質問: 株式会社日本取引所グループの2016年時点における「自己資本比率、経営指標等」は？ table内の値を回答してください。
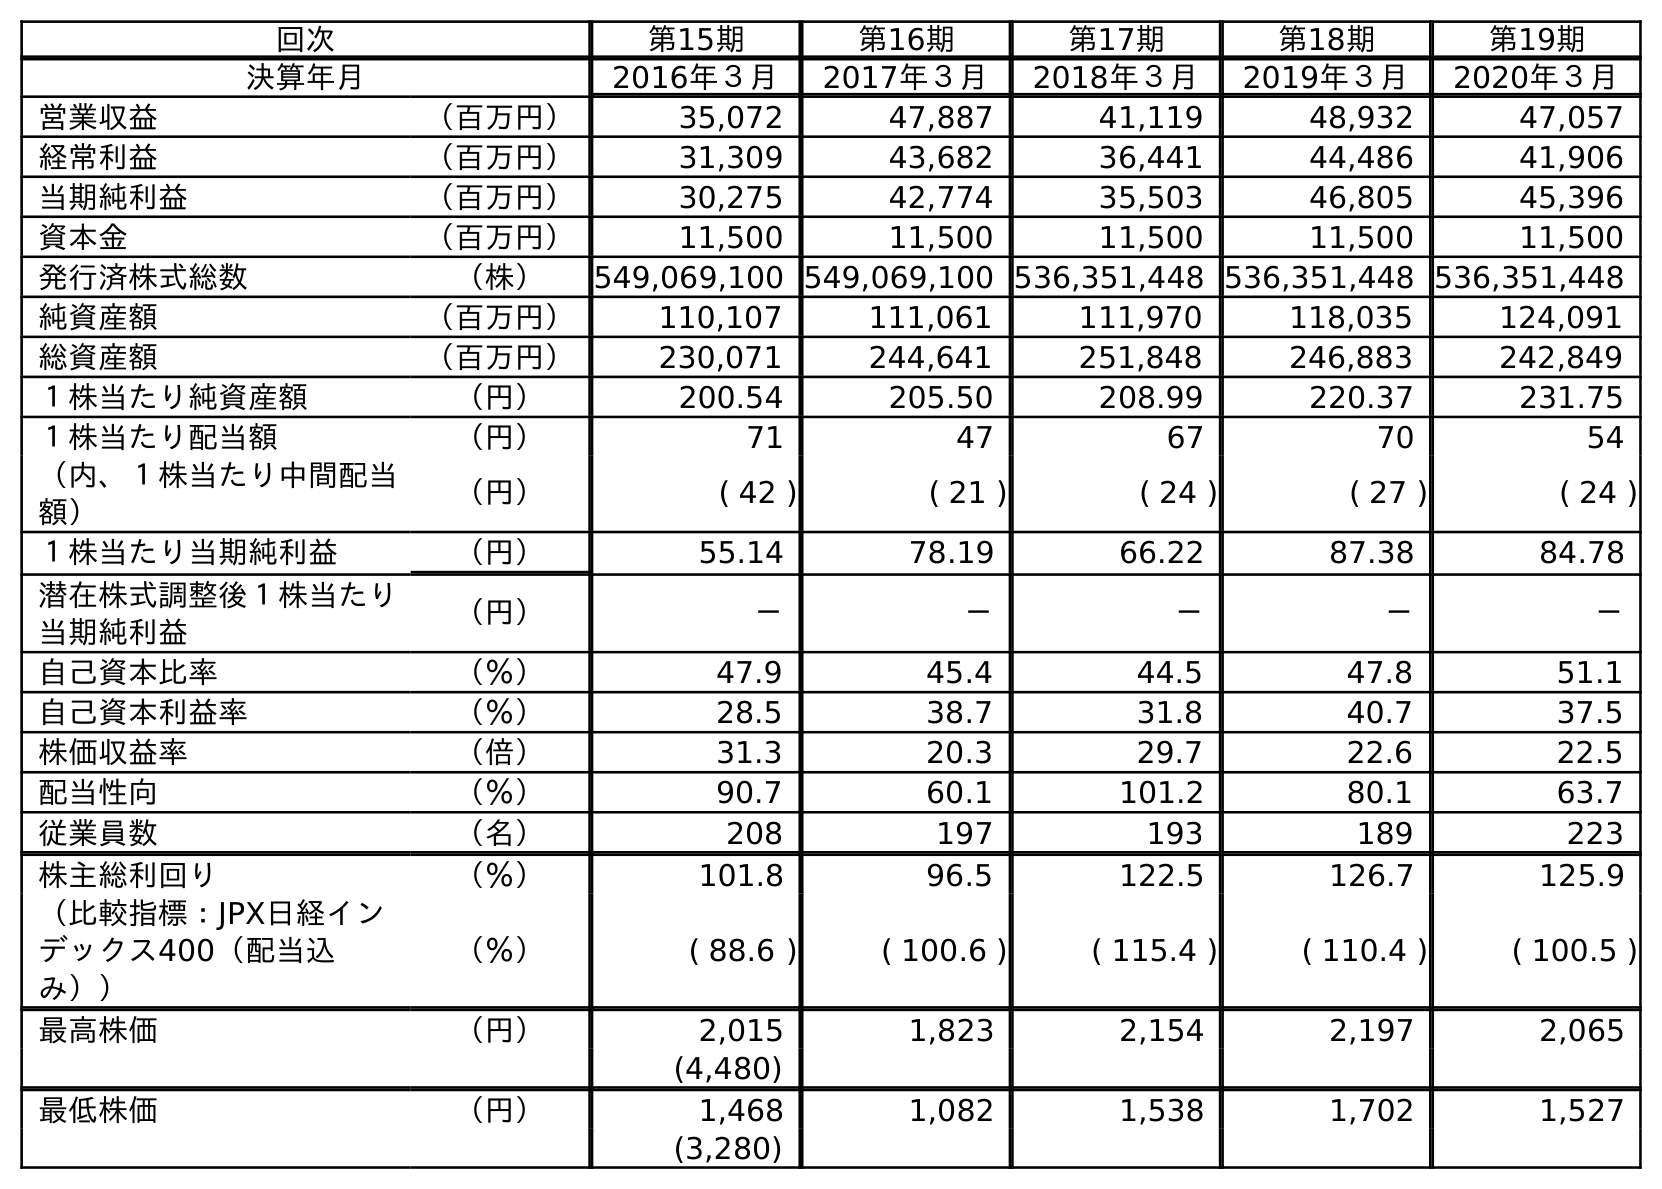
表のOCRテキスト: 回次 第15期 第16期 第17期 第18期 第19期 決算年月 2016年３月 2017年３月 2018年３月 2019年３月 2020年３月 営業収益 （百万円） 35,072 47,887 41,119 48,932 47,057 経常利益 （百万円） 31,309 43,682 36,441 44,486 41,906 当期純利益 （百万円） 30,275 42,774 35,503 46,805 45,396 資本金 （百万円） 11,500 11,500 11,500 11,500 11,500 発行済株式総数 （株） 549,069,100 549,069,100 536,351,448 536,351,448 536,351,448 純資産額 （百万円） 110,107 111,061 111,970 118,035 124,091 総資産額 （百万円） 230,071 244,641 251,848 246,883 242,849 １株当たり純資産額 （円） 200.54 205.50 208.99 220.37 231.75 １株当たり配当額 （円） 71 47 67 70 54 （内、１株当たり中間配当 額） （円） ( 42 ) ( 21 ) ( 24 ) ( 27 ) ( 24 ) １株当たり当期純利益 （円） 55.14 78.19 66.22 87.38 84.78 潜在株式調整後１株当たり 当期純利益 （円） － － － － － 自己資本比率 （％） 47.9 45.4 44.5 47.8 51.1 自己資本利益率 （％） 28.5 38.7 31.8 40.7 37.5 株価収益率 （倍） 31.3 20.3 29.7 22.6 22.5 配当性向 （％） 90.7 60.1 101.2 80.1 63.7 従業員数 （名） 208 197 193 189 223 株主総利回り （％） 101.8 96.5 122.5 126.7 125.9 （比較指標：JPX日経イン デックス400（配当込 み）） （％） ( 88.6 ) ( 100.6 ) ( 115.4 ) ( 110.4 ) ( 100.5 ) 最高株価 （円） 2,015 1,823 2,154 2,197 2,065 (4,480) 最低株価 （円） 1,468 1,082 1,538 1,702 1,527 (3,280)
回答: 47.9